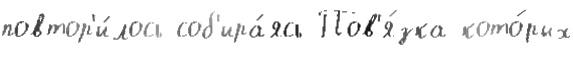
повтор'и́лось соб'ира́ясь Пов'я́зка кото́рых